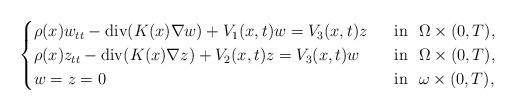
LaTeX: \begin{align*}\begin{cases}\rho(x) w_{tt} - \operatorname{div}(K(x) \nabla w) + V_1(x,t)w =V_3(x,t)z &~\hbox{ in }~ \Omega \times (0,T), \\\rho(x) z_{tt} - \operatorname{div}(K(x) \nabla z) + V_2(x,t)z=V_3(x,t)w &~\hbox{ in }~ \Omega\times (0,T), \\w=z=0 &~\hbox{ in }~ \omega\times(0,T),\end{cases}\end{align*}